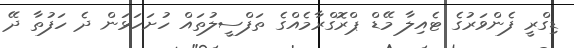
ޑިގްރީ ފެންވަރުގެ ޓެއިލާ މޭޑް ޕްރޮގްރާމެއްގެ ތަފްސީލުތައް ހުށަހަޅަން ދެ ހަފުތާ ދޭ